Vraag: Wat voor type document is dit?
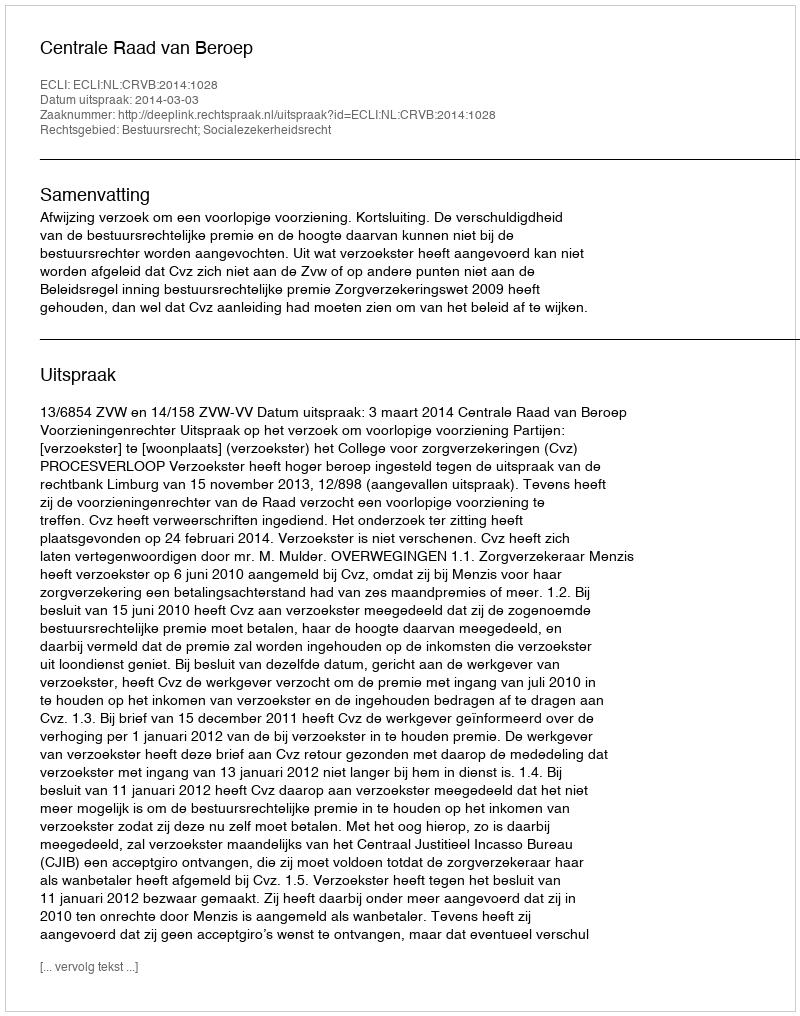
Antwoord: Uitspraak